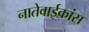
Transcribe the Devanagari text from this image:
नातेवाईकांस